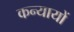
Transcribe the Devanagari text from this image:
कन्यायों